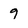
Character: 9